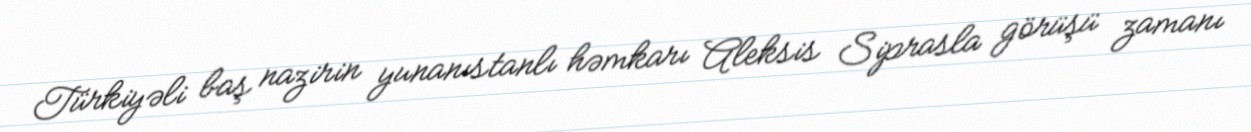
Türkiyəli baş nazirin yunanıstanlı həmkarı Aleksis Siprasla görüşü zamanı